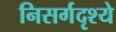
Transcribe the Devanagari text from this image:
निसर्गदृश्ये